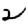
Digit: 2